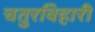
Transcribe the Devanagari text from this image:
चतुरविहारी